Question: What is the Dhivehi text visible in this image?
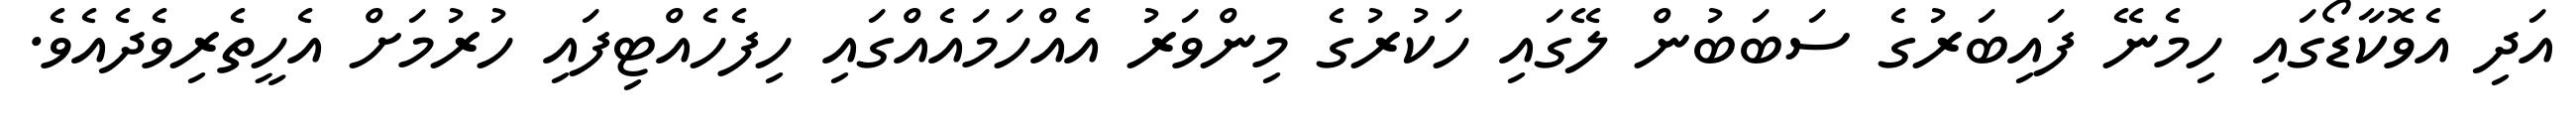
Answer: އަދި އެވޮކާޑޯގައި ހިމެނޭ ފައިބަރުގެ ސަބަބުން ލޭގައި ހަކުރުގެ މިންވަރު އެއްހަމައެއްގައި ހިފެހެއްޓިފައި ހުރުމަށް އެހީތެރިވެދެއެވެ.